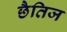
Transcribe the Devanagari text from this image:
छैतिज